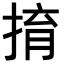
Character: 𢯡